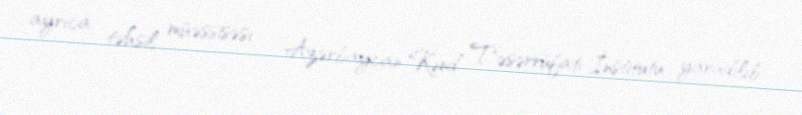
ayrıca təhsil müəssisəsi - Azərbaycan Kənd Təsərrüfatı İnstitutu yaradılıb.